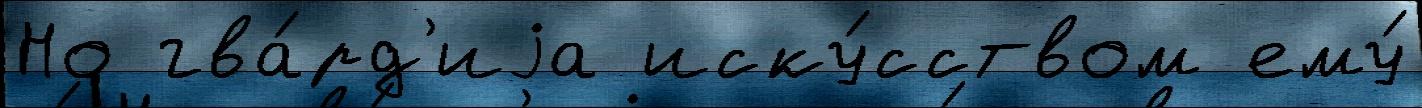
Но гва́рд'иjа иску́сством ему́